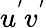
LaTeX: u^{'}v^{'}